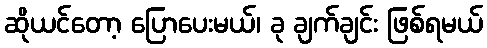
ဆိုယင်တော့ ပြောပေးမယ်၊ ခု ချက်ချင်း ဖြစ်ရမယ်